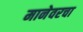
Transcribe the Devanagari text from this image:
मानेवरचा